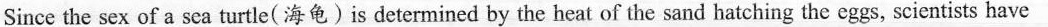
Since the sex of a sca turtle( 海龟)is determined by the heat of the sand hatching the eggs, scientists have